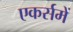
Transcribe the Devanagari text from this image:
एकर्समें